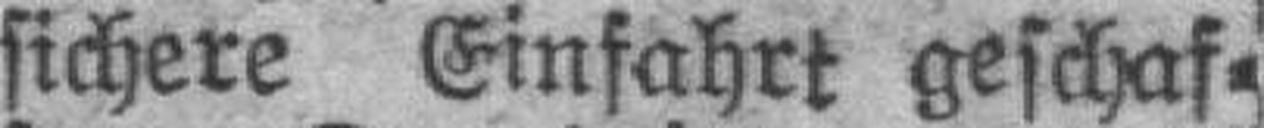
sichere Einfahrt geschaf¬